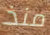
منذ